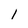
Character: l